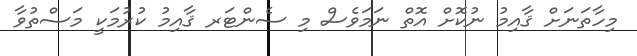
މިހާތަނަށް ޤާއިމު ނުކޮށް އޮތް ނަމަވެސް މި ސެންޓަރ ޤާއިމު ކުރުމަކީ މަސްތުވާ